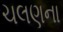
ચલણના